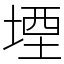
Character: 堙